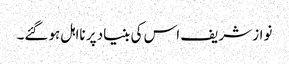
نواز شریف اس کی بنیاد پر نااہل ہوگئے۔